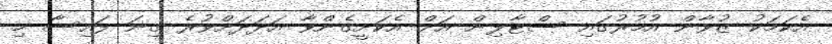
އެކަމަކު ޒުވާން އުމުރުގައި ސްޓާލިން އަށް އެކަށީގެންވާ އަދަދަށްވުރެ ގިނަ ފައިސާ މި